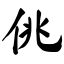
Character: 佻